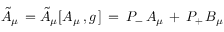
{ \tilde { A } } _ { \mu } \, = { \tilde { A } } _ { \mu } [ A _ { \mu } \, , g \, ] \, = \, P _ { - } \, A _ { \mu } \, + \, P _ { + } \, B _ { \mu }